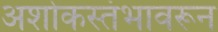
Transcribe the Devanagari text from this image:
अशोकस्तंभावरून